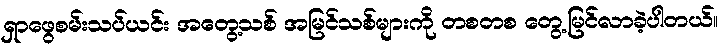
ရှာဖွေစမ်းသပ်ယင်း အတွေ့သစ် အမြင်သစ်များကို တစတစ တွေ့မြင်လာခဲ့ပါတယ်။